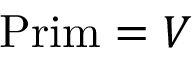
{ \mathrm { P r i m } } = V \,